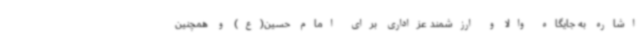
اشاره به جایگاه والا و ارزشمند عزاداری برای امام حسین(ع) و همچنین